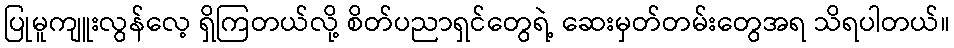
ပြုမူကျူးလွန်လေ့ ရှိကြတယ်လို့ စိတ်ပညာရှင်တွေရဲ့ ဆေးမှတ်တမ်းတွေအရ သိရပါတယ်။